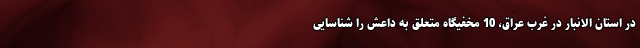
در استان الانبار در غرب عراق، 10 مخفیگاه متعلق به داعش را شناسایی